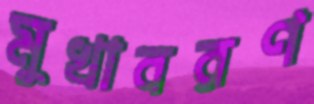
মুখাবরণ